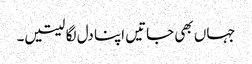
جہاں بھی جاتیں اپنا دل لگا لیتیں۔